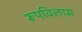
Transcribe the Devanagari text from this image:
रूपविलास